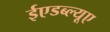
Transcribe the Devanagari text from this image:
ईएडब्ल्यूए